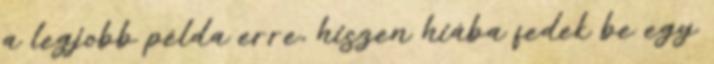
a legjobb példa erre, hiszen hiába fedek be egy